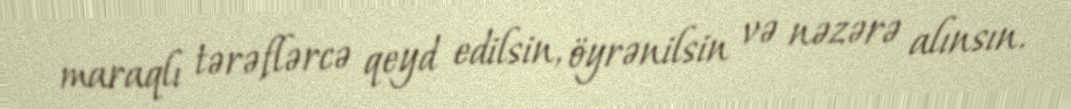
maraqlı tərəflərcə qeyd edilsin, öyrənilsin və nəzərə alınsın.